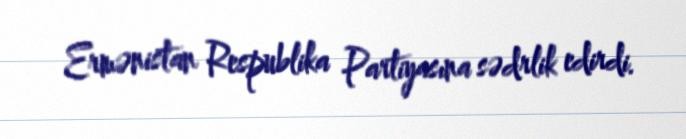
Ermənistan Respublika Partiyasına sədrlik edirdi.